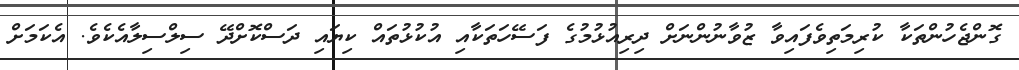
ގޮންޖެހުންތަކާ ކުރިމަތިވެފައިވާ ޒުވާނުންނަށް ދިރިއުޅުމުގެ ފަސޭހަތަކާއި އުކުޅުތައް ކިޔައި ދަސްކޮށްދޭ ސިލްސިލާއެކެވެ. އެކަމަށް